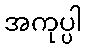
အကုပ္ပါ